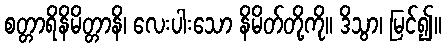
စတ္တာရိနိမိတ္တာနိ၊ လေးပါးသော နိမိတ်တို့ကို။ ဒိသွာ၊ မြင်၍။